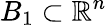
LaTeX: B_{1}\subset\mathbb{R}^{n}